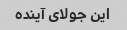
این جولای آینده